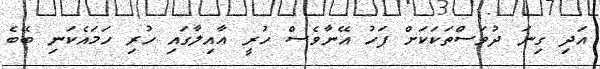
އަދި ގިނަ ދުވަސްތަކަކަށް ފަހު އޭނާވެސް ހުރީ ޢާއިލާގައި ހުރި ހަމައެކަނި ބޭބެ